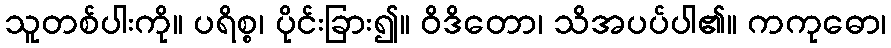
သူတစ်ပါးကို။ ပရိစ္စ၊ ပိုင်းခြား၍။ ဝိဒိတော၊ သိအပပ်ပါ၏။ ကကုဓော၊